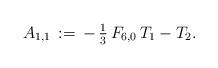
LaTeX: \begin{align*}A_{1,1}\,:=\,-\,\tfrac{1}{3}\,F_{6,0}\,T_1-T_2.\end{align*}